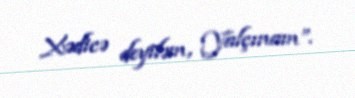
Xədicə deyiləm, Yalçınam”.